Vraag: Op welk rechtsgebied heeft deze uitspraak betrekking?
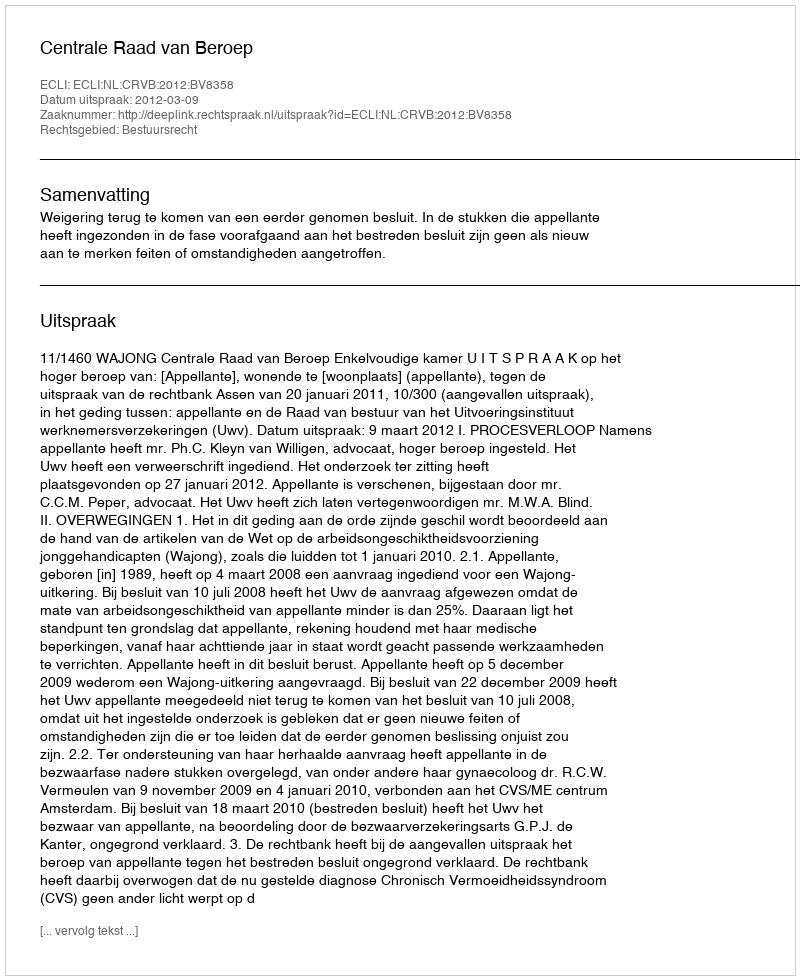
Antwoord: Bestuursrecht